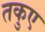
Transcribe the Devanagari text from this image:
तकुए